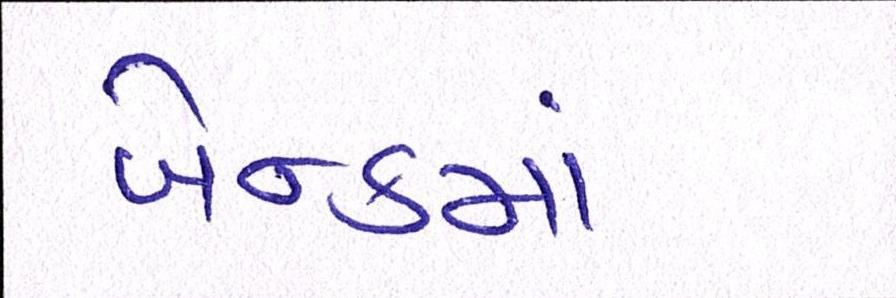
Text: બેન્કમાં